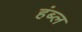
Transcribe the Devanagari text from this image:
हंब्ल